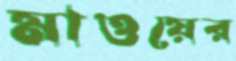
মাওয়ের